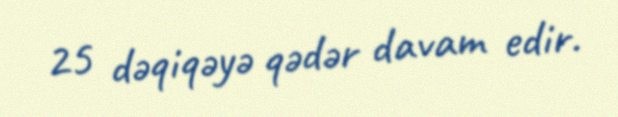
25 dəqiqəyə qədər davam edir.